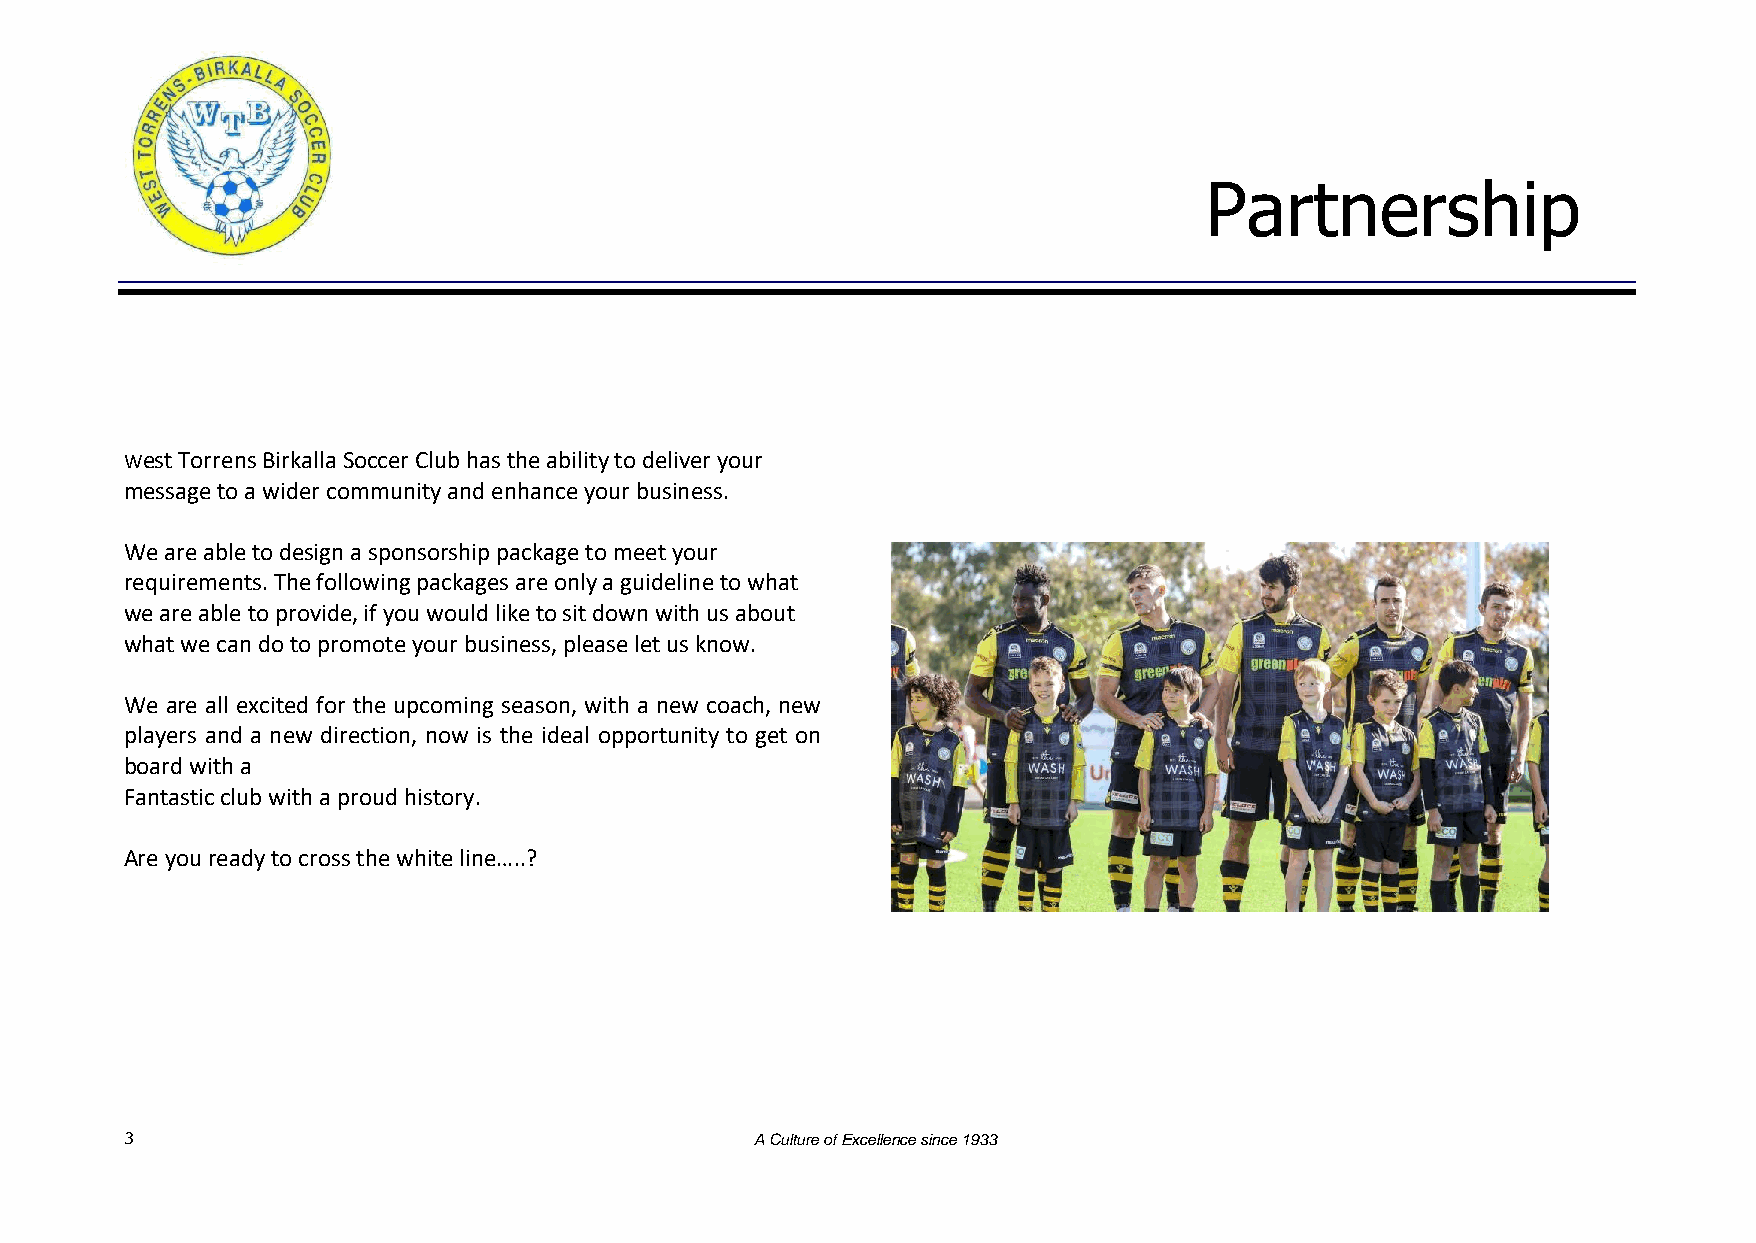
Partnership
 West Torrens Birkalla Soccer Club has the ability to deliver your
 message to a wider community and enhance your business.
 We are able to design a sponsorship package to meet your
 requirements. The following packages are only a guideline to what
 we are able to provide, if you would like to sit down with us about
 what we can do to promote your business, please let us know.
 We are all excited for the upcoming season, with a new coach, new
 players and a new direction, now is the ideal opportunity to get on
 board with a
 Fantastic club with a proud history.
 Are you ready to cross the white line…..?
 3                                         A Culture of Excellence since 1933